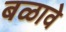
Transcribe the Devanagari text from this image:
बळावे